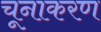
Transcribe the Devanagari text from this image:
चूनाकरण